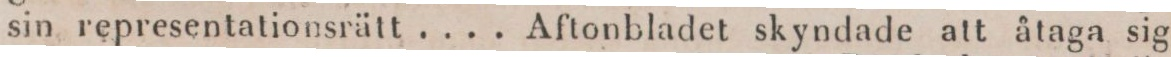
sin representationsrätt .... Aftonbladet skyndade att åtaga sig